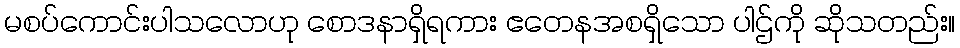
မစပ်ကောင်းပါသလောဟု စောဒနာရှိရကား ဧတေနအစရှိသော ပါဌ်ကို ဆိုသတည်း။